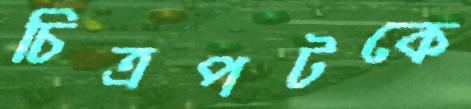
চিত্রপটকে